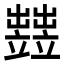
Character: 𥫋